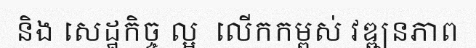
និង សេដ្ឋកិច្ច ល្អ  លើកកម្ពស់ វឌ្ឍនភាព